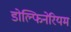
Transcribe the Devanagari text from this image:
डोल्फिनेरियम